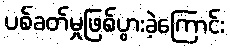
ပစ်ခတ်မှုဖြစ်ပွားခဲ့ကြောင်း